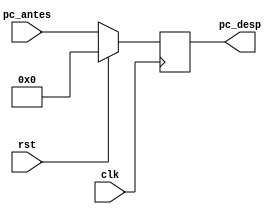
`timescale 1ns / 1ps
//////////////////////////////////////////////////////////////////////////////////
// Company: 
// Engineer: 
// 
// Design Name: 
// Module Name:    PC_reg 
// Project Name: 
// Target Devices: 
// Tool versions: 
// Description: 
//
// Dependencies: 
//
// Revision: 
// Revision 0.01 - File Created
// Additional Comments: 
//
//////////////////////////////////////////////////////////////////////////////////
module PC_reg( //puede que aqui vaya el reset
	input [9:0] pc_antes,
	input clk,
	input rst,
	output reg [9:0] pc_desp
    );
	

	always @(posedge clk)
		if (rst)
			pc_desp <= 0;
		else 
			pc_desp <= pc_antes;

endmodule